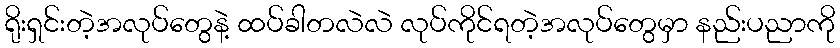
ရိုးရှင်းတဲ့အလုပ်တွေနဲ့ ထပ်ခါတလဲလဲ လုပ်ကိုင်ရတဲ့အလုပ်တွေမှာ နည်းပညာကို